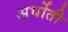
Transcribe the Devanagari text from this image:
अर्घोती